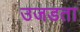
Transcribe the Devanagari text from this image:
उजडता